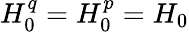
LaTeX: H_{0}^{q}=H_{0}^{p}=H_{0}